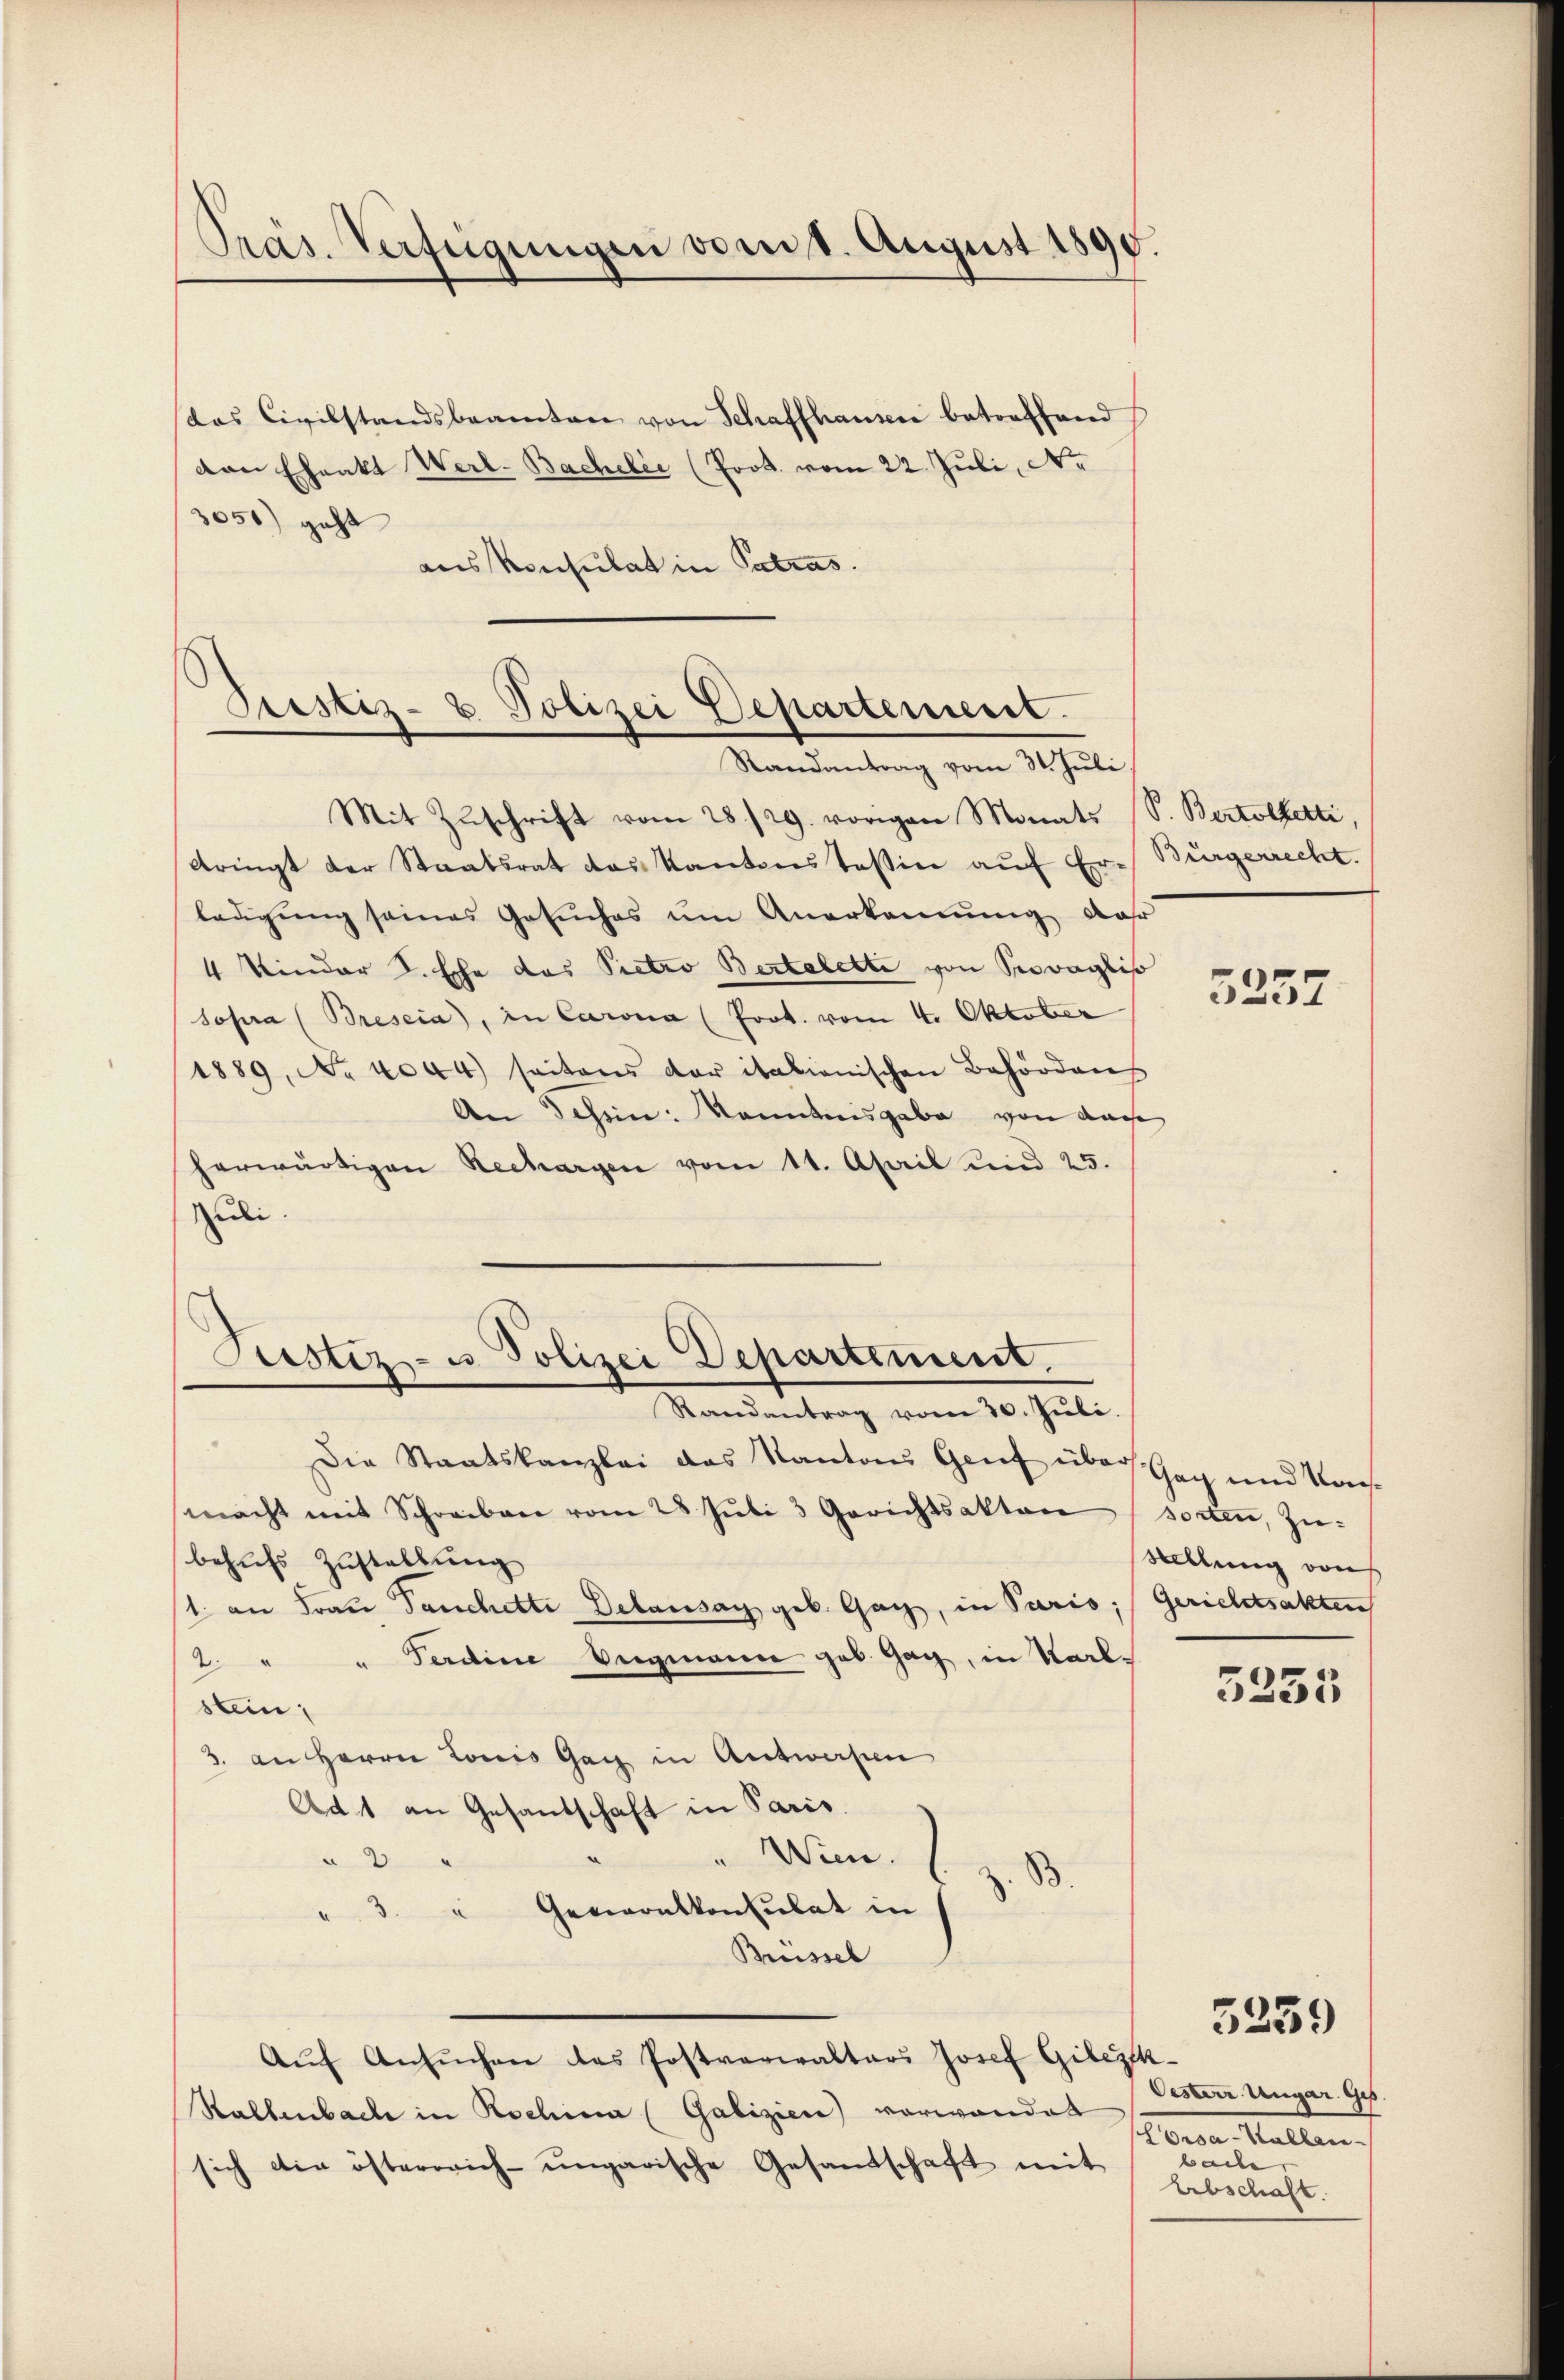
(das Civilstandsbeamten von Schaffhause betreffend
van Ehrakt Wert-Bachelic (Prot. vom 22. Juli, Nr
305) geht
aus Konsulat in Patras

Präs. Verfügungen vom 1. August 1895.

Prestiz- & Polizei Departement.
Randantrag vom 31. Juli

Justiz- u. Polizei Departement.

Mit Zuschrift vom 28./29. vorigen Monats (S. Bertolketti,
dringt der Staatsrat das Kantonstessin auf Erledigung seines Gesŭches um Anerkennung dar
4 Kinder L. Ehe das Pietro Bertalette von Soraglis
sopra (Breseia), in Carna (Prot. vom 4. Oktober
1889, No 4044) seitens der italienischen Behördens
An Jahren: Kenntnisgabe von dasse
herwärtigen Rechargen vom 11. April und 25.
Zuli.
Randantrag vom 30. Juli.
Die Staatskanzlei das Kantons Genf über Gag und Kosmacht mit Schreiben vom 28 Juli 3 Gerichtsaktor sorten, Zubehufs Zustellung
1. an Frau Panchette Delausa geb. Ganz, in Paris; Gerichtsakten
Ferdine Wegmann geb. Gag, in Karl-
2
stein,
3. an Herrn Louis Gag in Antworfen
Ad 1 an Gesandschaft in Paris.
Wien.
e
2
B.
3. " Generalkonsulat in
Buissel
Aŭf Ansŭchen das Postverwalters Josef Gilesch
Hallenbach in Rochina (Galizien) verwendet
sich die österrich-ungarische Gesandschaft mit

Bürgerrecht.

5257

Stellung von

3255

3259

Oesterr. Ungar. Ges.
COrsa-Kallan-
bache,
Arbschaft.